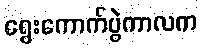
ရွေးကောက်ပွဲကာလက